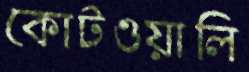
কোটওয়ালি